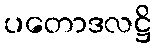
ပတောဒလဋ္ဌိ